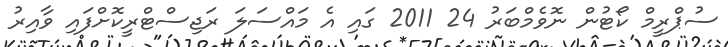
ސުޕްރީމް ކޯޓުން ނޮވެމްބަރު 24 2011 ގައި އެ މައްސަލަ ރަޖިސްޓްރީކޮށްފައި ވާއިރު